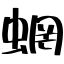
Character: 蝄